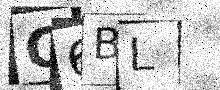
Text: Q6BL